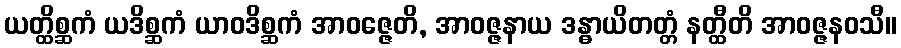
ယတ္ထိစ္ဆကံ ယဒိစ္ဆကံ ယာဝဒိစ္ဆကံ အာဝဇ္ဇေတိ, အာဝဇ္ဇနာယ ဒန္ဓာယိတတ္တံ နတ္ထီတိ အာဝဇ္ဇနဝသီ။